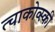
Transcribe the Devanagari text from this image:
त्चाकोव्स्की